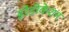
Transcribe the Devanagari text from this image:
इरेडीकेशन